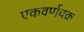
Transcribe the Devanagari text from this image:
एकवर्णचक्र